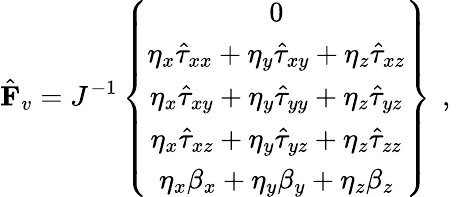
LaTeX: \hat{\mathbf{F}}_{v}=J^{-1}\left\{ \begin{array}{c}{0}\\ {\eta_{x}\hat{\tau}_{xx}+\eta_{y}\hat{\tau}_{xy}+\eta_{z}\hat{\tau}_{xz}}\\ {\eta_{x}\hat{\tau}_{xy}+\eta_{y}\hat{\tau}_{yy}+\eta_{z}\hat{\tau}_{yz}}\\ {\eta_{x}\hat{\tau}_{xz}+\eta_{y}\hat{\tau}_{yz}+\eta_{z}\hat{\tau}_{zz}}\\ {\eta_{x}{\beta}_{x}+\eta_{y}{\beta}_{y}+\eta_{z}{\beta}_{z}}\end{array}\right\} \, \mathrm{~,~}